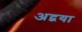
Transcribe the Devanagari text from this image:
अद्वया